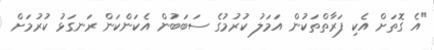
"އެ ގޮތަށް އެކި ފަރާތްތަކުން އަމަލު ކުރުމުގެ ސަބަބުން އެކަންކަން ރަނގަޅު ކުރުމަށް